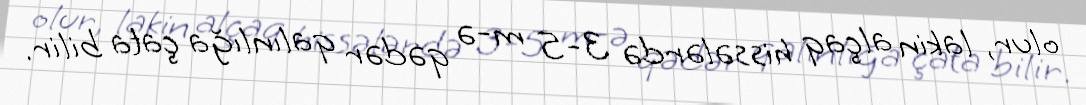
olur, lakin alçaq hissələrdə 3-5 m-ə qədər qalınlığa çata bilir.